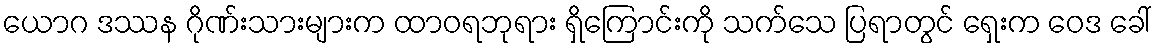
ယောဂ ဒဿန ဂိုဏ်းသားများက ထာဝရဘုရား ရှိကြောင်းကို သက်သေ ပြရာတွင် ရှေးက ဝေဒ ခေါ်